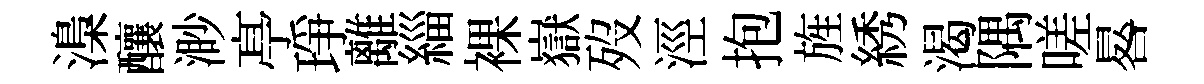
𣻏釀渺𠅘琤離緇裸嶽歿涇抱旌綉渴隅嗟晷